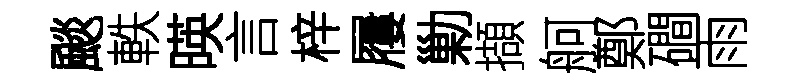
颷軼暎言梓屨勦擷舸鄭磵雨